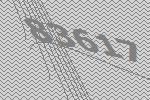
83617